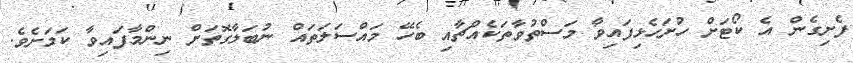
ފެށިގެން އެ ކޯޓަށް ހުށަހެޅިފައިވާ މަސްތުވާތަކެއްޗާއި ބެހޭ މައްސަލަތައް ނުބަލާގޮތަށް ނިންމާފައިވާ ކަމަށެވެ.